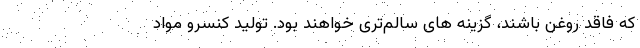
که فاقد روغن باشند، گزینه های سالم‌تری خواهند بود. تولید کنسرو مواد